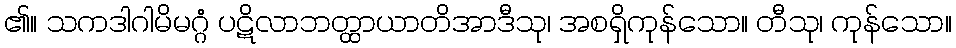
၏။ သကဒါဂါမိမဂ္ဂံ ပဋိလာဘတ္ထာယာတိအာဒီသု၊ အစရှိကုန်သော။ တီသု၊ ကုန်သော။